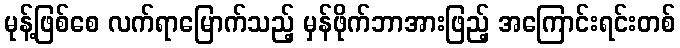
မုန့်ဖြစ်စေ လက်ရာမြောက်သည့် မှန်ဖိုက်ဘာအားဖြည့် အကြောင်းရင်းတစ်